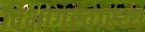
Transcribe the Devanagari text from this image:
विभागस्वास्थ्य